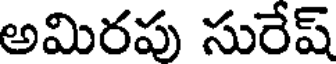
అమిరపు సురేష్